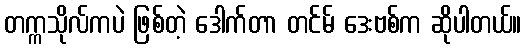
တက္ကသိုလ်ကပဲ ဖြစ်တဲ့ ဒေါက်တာ တင်မ် ဒေးဗစ်က ဆိုပါတယ်။